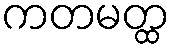
ကတမတ္ထ